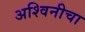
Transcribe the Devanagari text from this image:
अश्विनीचा